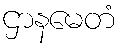
ဌာနမေတံ